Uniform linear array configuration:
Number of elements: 64
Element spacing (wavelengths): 1
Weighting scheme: binomial
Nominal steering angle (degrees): -45
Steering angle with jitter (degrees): -46.74
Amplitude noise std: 0.05
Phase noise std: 0.05

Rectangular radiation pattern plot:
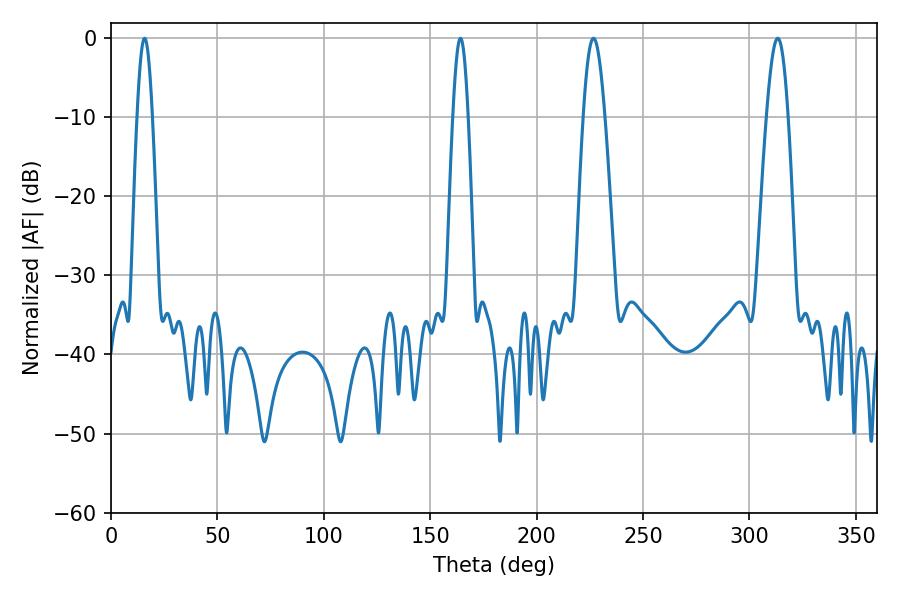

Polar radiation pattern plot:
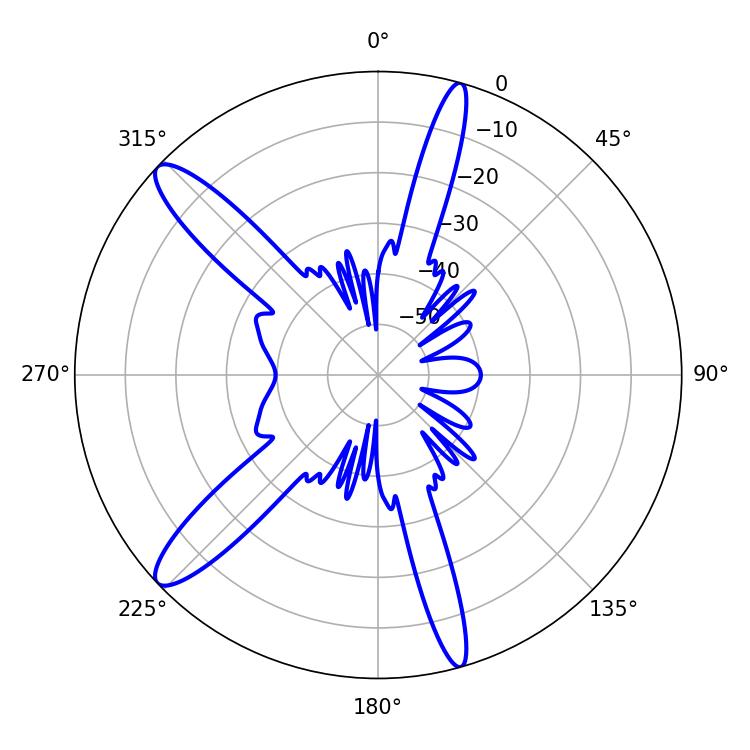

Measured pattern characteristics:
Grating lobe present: TRUE
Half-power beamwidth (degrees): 3.78
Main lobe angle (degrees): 164.16